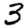
Digit: 3